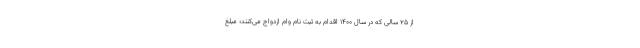
از ۲۵ سالی که در سال ۱۴۰۰ اقدام به ثبت نام وام ازدواج می‌کنند؛ مبلغ